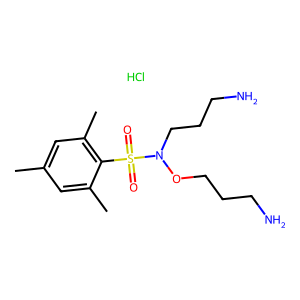
SMILES: Cc1cc(C)c(S(=O)(=O)N(CCCN)OCCCN)c(C)c1.Cl
Inhibits HIV replication: No